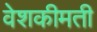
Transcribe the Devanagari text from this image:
वेशकीमती